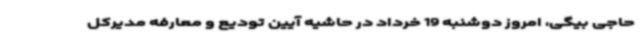
حاجی بیگی، امروز دوشنبه 19 خرداد در حاشیه آیین تودیع و معارفه مدیرکل